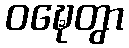
ဝဍ္ဎေတွာ